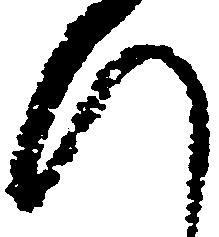
引